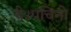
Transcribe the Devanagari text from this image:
थे।पचिनो